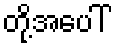
တို့အပေါ်